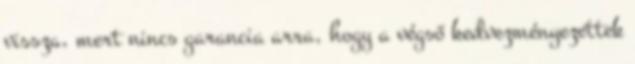
vissza, mert nincs garancia arra, hogy a végső kedvezményezettek